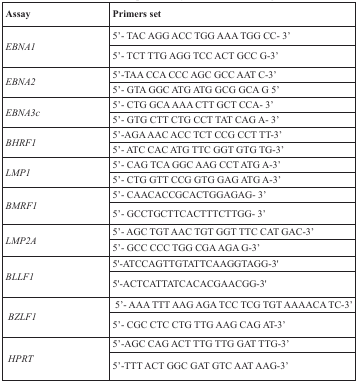
<table><thead><tr><td><b>Assay</b></td><td><b>Primers set</b></td></tr></thead><tbody><tr><td rowspan="2"><i>EBNA1</i></td><td>5’- TAC AGG ACC TGG AAA TGG CC- 3’</td></tr><tr><td>5’- TCT TTG AGG TCC ACT GCC G-3’</td></tr><tr><td rowspan="2"><i>EBNA2</i></td><td>5’-TAA CCA CCC AGC GCC AAT C-3’</td></tr><tr><td>5’- GTA GGC ATG ATG GCG GCA G 5’</td></tr><tr><td rowspan="2"><i>EBNA3c</i></td><td>5’- CTG GCA AAA CTT GCT CCA- 3’</td></tr><tr><td>5’- GTG CTT CTG CCT TAT CAG A- 3’</td></tr><tr><td rowspan="2"><i>BHRF1</i></td><td>5’-AGA AAC ACC TCT CCG CCT TT-3’</td></tr><tr><td>5’- ATC CAC ATG TTC GGT GTG TG-3’</td></tr><tr><td rowspan="2"><i>LMP1</i></td><td>5’- CAG TCA GGC AAG CCT ATG A-3’</td></tr><tr><td>5’- CTG GTT CCG GTG GAG ATG A-3’</td></tr><tr><td rowspan="2"><i>BMRF1</i></td><td>5’- CAACACCGCACTGGAGAG- 3’</td></tr><tr><td>5’- GCCTGCTTCACTTTCTTGG- 3’</td></tr><tr><td rowspan="2"><i>LMP2A</i></td><td>5’- AGC TGT AAC TGT GGT TTC CAT GAC-3’</td></tr><tr><td>5’- GCC CCC TGG CGA AGA G-3’</td></tr><tr><td rowspan="2"><i>BLLF1</i></td><td>5&#x27;-ATCCAGTTGTATTCAAGGTAGG-3&#x27;</td></tr><tr><td>5&#x27;-ACTCATTATCACACGAACGG-3&#x27;</td></tr><tr><td rowspan="2"><i>BZLF1</i></td><td>5’- AAA TTT AAG AGA TCC TCG TGT AAAACA TC-3’</td></tr><tr><td>5’- CGC CTC CTG TTG AAG CAG AT-3’</td></tr><tr><td rowspan="2"><i>HPRT</i></td><td>5’-AGC CAG ACT TTG TTG GAT TTG-3’</td></tr><tr><td>5’-TTT ACT GGC GAT GTC AAT AAG-3’</td></tr></tbody></table>